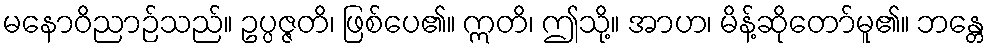
မနောဝိညာဉ်သည်။ ဥပ္ပဇ္ဇတိ၊ ဖြစ်ပေ၏။ ဣတိ၊ ဤသို့။ အာဟ၊ မိန့်ဆိုတော်မူ၏။ ဘန္တေ